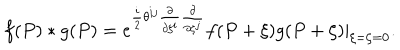
f ( P ) * g ( P ) = e ^ { \frac { i } { 2 } \theta ^ { i j } \frac { \partial } { \partial \xi ^ { i } } \frac { \partial } { \partial \zeta ^ { j } } } f ( P + \xi ) g ( P + \zeta ) | _ { \xi = \zeta = 0 } .